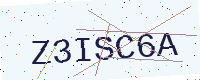
Text: Z3ISC6A